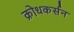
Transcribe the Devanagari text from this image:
क्रोधकर्सन